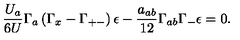
{ \frac { U _ { a } } { 6 U } } \Gamma _ { a } \left( \Gamma _ { x } - \Gamma _ { + - } \right) \epsilon - { \frac { a _ { a b } } { 1 2 } } \Gamma _ { a b } \Gamma _ { - } \epsilon = 0 .